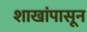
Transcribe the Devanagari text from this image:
शाखांपासून